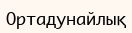
Ортадунайлық